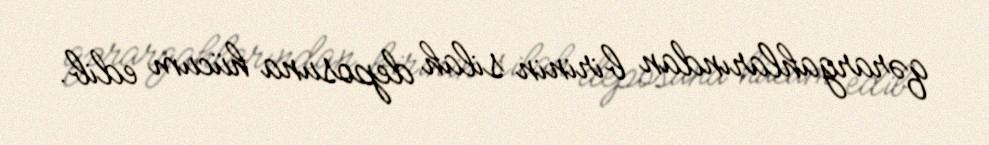
qərargahlarından birinin silah deposuna hücum edib.